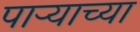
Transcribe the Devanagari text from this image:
पार्‍याच्या